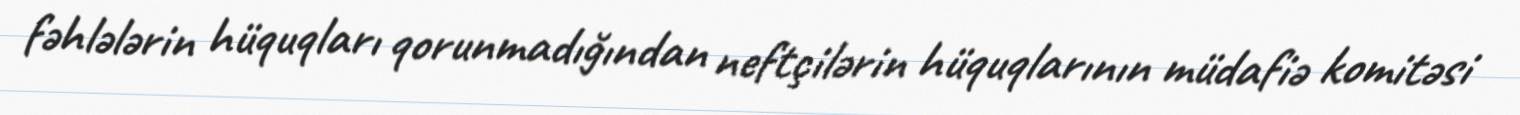
fəhlələrin hüquqları qorunmadığından neftçilərin hüquqlarının müdafiə komitəsi